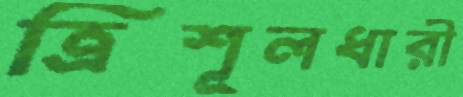
ত্রিশূলধারী